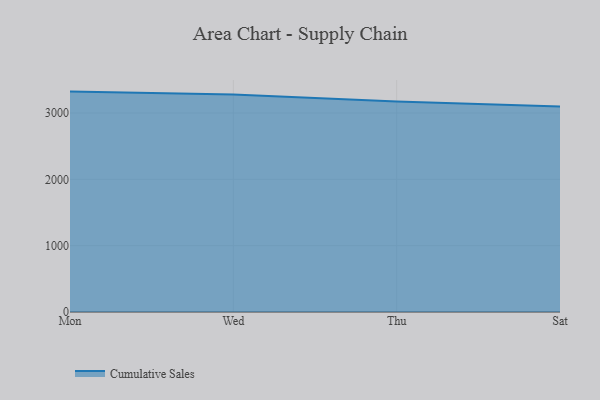
{"axis": {"x": "Day", "y": "LTV (USD)"}, "legend": ["Cumulative Sales"], "data": [{"x": "Mon", "y": 3322.0, "type": "Cumulative Sales"}, {"x": "Wed", "y": 3276.5, "type": "Cumulative Sales"}, {"x": "Thu", "y": 3173.5, "type": "Cumulative Sales"}, {"x": "Sat", "y": 3097.8, "type": "Cumulative Sales"}]}